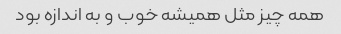
همه چیز مثل همیشه خوب و به اندازه بود